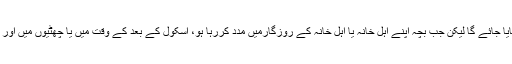
نیا بل کہتا ہے کہ کوئی بھی بچہ کسی کام میں نہیں لگایا جائے گا لیکن جب بچہ اپنے اہل خانہ یا اہل خانہ کے روزگارمیں مدد کررہا ہو، اسکول کے بعد کے وقت میں یا چھٹیوں میں اور روزگار خطرناک نہیں ہے تو یہ قانون لاگو نہیں ہوگا۔